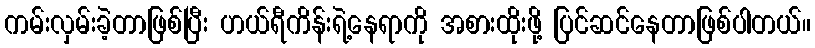
ကမ်းလှမ်းခဲ့တာဖြစ်ပြီး ဟယ်ရီကိန်းရဲ့နေရာကို အစားထိုးဖို့ ပြင်ဆင်နေတာဖြစ်ပါတယ်။